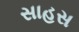
સાહસ